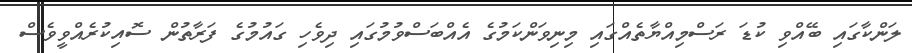
ލަންކާގައި ބޭއްވި ކުޑަ ރަސްމިއްޔާތެއްގައި މިނިވަންކަމުގެ އެއްބަސްވުމުގައި ދިވެހި ގައުމުގެ ފަރާތުން ސޮއިކުރެއްވީވެސް